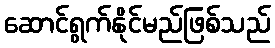
ဆောင်ရွက်နိုင်မည်ဖြစ်သည်